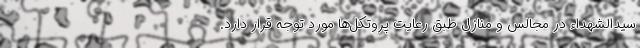
سیدالشهداء در مجالس و منازل طبق رعایت پروتکل‌ها مورد توجه قرار دارد.